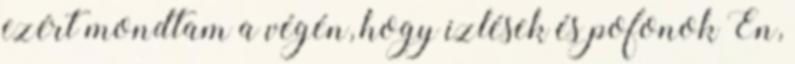
ezért mondtam a végén, hogy izlések és pofonok Én,